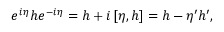
e ^ { i \eta } h e ^ { - i \eta } = h + i \left[ \eta , h \right] = h - \eta ^ { \prime } h ^ { \prime } ,